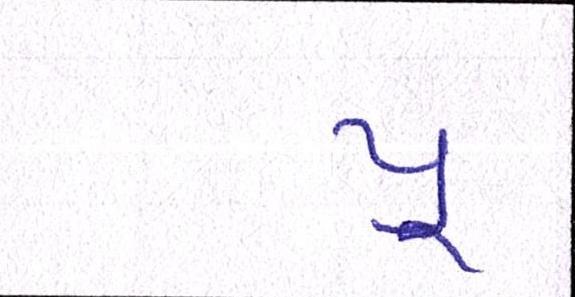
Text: યૂ